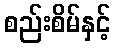
စည်းစိမ်နှင့်